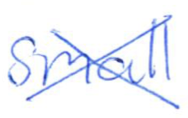
Text: small
Cross-out: cross
Writing tool: ballpoint